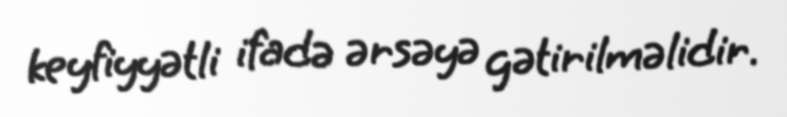
keyfiyyətli ifadə ərsəyə gətirilməlidir.